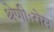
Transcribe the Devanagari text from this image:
श्रेणीःरोम